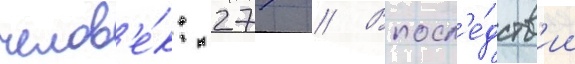
челов'е́к: 277 // Впосл'е́дств'ии